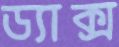
ড্যাক্স